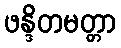
ဖန္ဒိတမတ္တာ